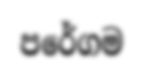
පරේගම